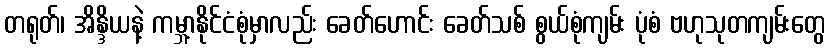
တရုတ်၊ အိန္ဒိယနဲ့ ကမ္ဘာ့နိုင်ငံစုံမှာလည်း ခေတ်ဟောင်း ခေတ်သစ် စွယ်စုံကျမ်း ပုံစံ ဗဟုသုတကျမ်းတွေ